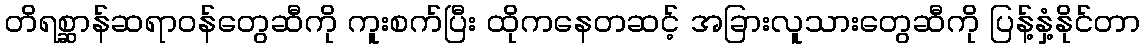
တိရစ္ဆာန်ဆရာဝန်တွေဆီကို ကူးစက်ပြီး ထိုကနေတဆင့် အခြားလူသားတွေဆီကို ပြန့်နှံ့နိုင်တာ